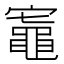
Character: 𬹟